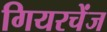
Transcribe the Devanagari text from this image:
गियरचेंज